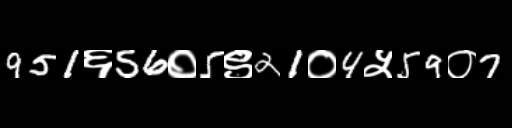
Text: 951६56०5९21०4५59०7